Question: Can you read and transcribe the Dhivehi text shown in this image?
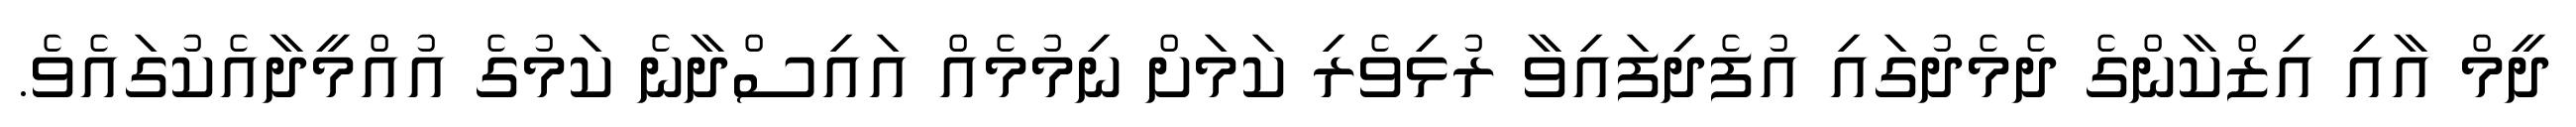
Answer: ދީމް އާއި އިޒްކާންގެ ދެމެދުގައި އުފެދިފައިވާ ރުޅިވެރި ކަމަށް ނިމުމެއް އައިސްދާނެ ކަމުގެ އުއްމީދާއެކުގައެވެ.